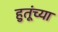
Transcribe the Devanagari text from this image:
हुतूंच्‍या